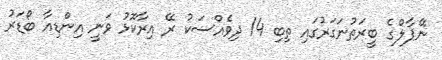
ނޭޕާލްގެ ބީރަތުނަގަރުގައި ތިބި 14 ދިވެއްސަކު ރޭ އިރާކޮޅު ވަނީ އިންޑިއާ ބޯޑަރު